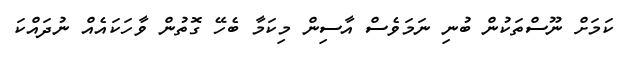
ކަމަށް ނޫސްތަކުން ބުނި ނަމަވެސް އާސިން މިކަމާ ބެހޭ ގޮތުން ވާހަކައެއް ނުދައްކަ